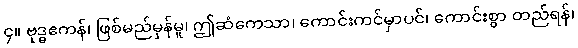
၄။ ဗုဒ္ဓဧကန်၊ ဖြစ်မည်မှန်မူ၊ ဤဆံကေသာ၊ ကောင်းကင်မှာပင်၊ ကောင်းစွာ တည်ရန်၊